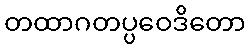
တထာဂတပ္ပဝေဒိတော